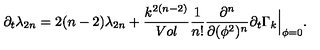
\partial _ { t } \lambda _ { 2 n } = 2 ( n - 2 ) \lambda _ { 2 n } + { \frac { k ^ { 2 ( n - 2 ) } } { V o l } } { \frac { 1 } { n ! } } { \frac { \partial ^ { n } } { \partial ( \phi ^ { 2 } ) ^ { n } } } \partial _ { t } \Gamma _ { k } \Big | _ { \phi = 0 } .